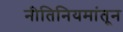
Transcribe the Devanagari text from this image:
नीतिनियमांतून